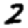
Digit: 2